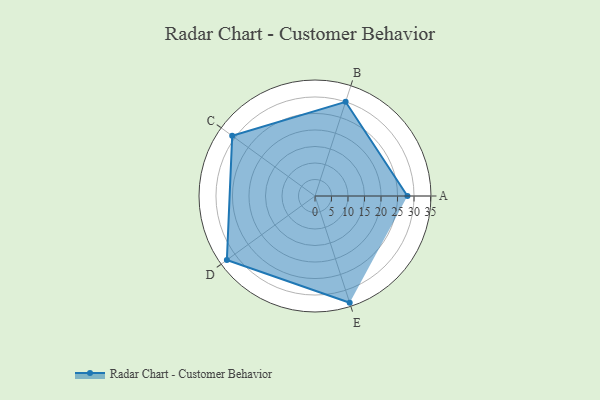
{"axis": {"x": "Skill", "y": "Score"}, "legend": ["Profile"], "data": [{"x": "A", "y": 28.0, "type": "Profile"}, {"x": "B", "y": 30.0, "type": "Profile"}, {"x": "C", "y": 31.0, "type": "Profile"}, {"x": "D", "y": 33.0, "type": "Profile"}, {"x": "E", "y": 34.0, "type": "Profile"}]}